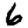
Digit: 6